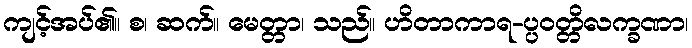
ကျင့်အပ်၏။ စ၊ ဆက်။ မေတ္တာ၊ သည်။ ဟိတာကာရ-ပ္ပဝတ္တိလက္ခဏာ၊